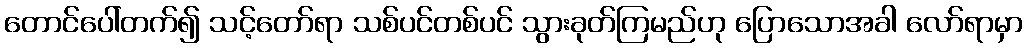
တောင်ပေါ်တက်၍ သင့်တော်ရာ သစ်ပင်တစ်ပင် သွားခုတ်ကြမည်ဟု ပြောသောအခါ လော်ရာမှာ